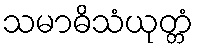
သမာဓိသံယုတ္တံ